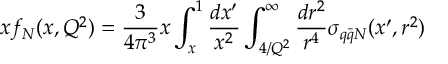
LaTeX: x f _ { N } ( x , Q ^ { 2 } ) = \frac { 3 } { 4 \pi ^ { 3 } } x \int _ { x } ^ { 1 } \frac { d x ^ { \prime } } { x ^ { 2 } } \int _ { 4 / Q ^ { 2 } } ^ { \infty } \frac { d r ^ { 2 } } { r ^ { 4 } } \sigma _ { q \bar { q } N } ( x ^ { \prime } , r ^ { 2 } )